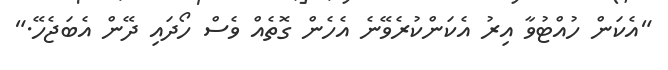
"އެކަން ހުއްޓުވާ އިރު އެކަންކުރެވޭނެ އެހެން ގޮތެއް ވެސް ހޯދައި ދޭން އެބަޖެހޭ."